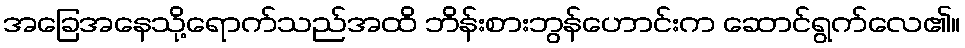
အခြေအနေသို့ရောက်သည်အထိ ဘိန်းစားဘွန်ဟောင်းက ဆောင်ရွက်လေ၏။